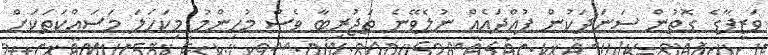
ވަޒީފާގެ ގޮތުން ސަނަދަކުން ފުއްދައެއް ނުލެވޭނެ ތަޖުރިބާ ވެސް މުހިންމު މިކަހަލަ މަސައްކަތަކަށް